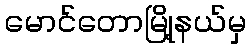
မောင်တောမြို့နယ်မှ